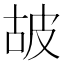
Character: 𤿞